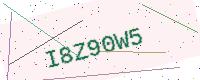
Text: I8Z90W5